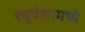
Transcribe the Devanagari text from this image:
रघुवंशामध्ये